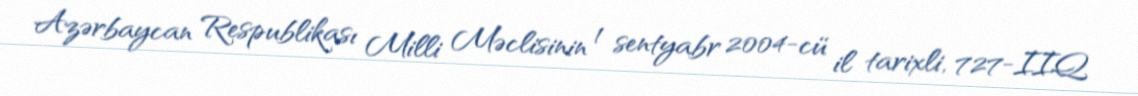
Azərbaycan Respublikası Milli Məclisinin 1 sentyabr 2004-cü il tarixli, 727-IIQ